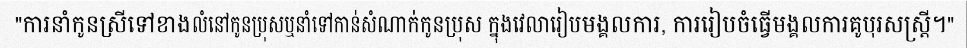
"ការនាំកូនស្រីទៅខាងលំនៅកូនប្រុសឬនាំទៅកាន់សំណាក់កូនប្រុស ក្នុងវេលារៀបមង្គលការ, ការរៀបចំធ្វើមង្គលការគូបុរសស្ត្រី។"